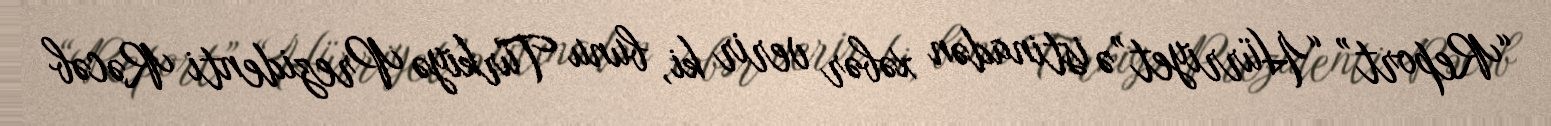
“Report” “Hürriyet”ə istinadən xəbər verir ki, bunu Türkiyə Prezidenti Rəcəb